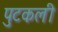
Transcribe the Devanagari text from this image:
पुटकली